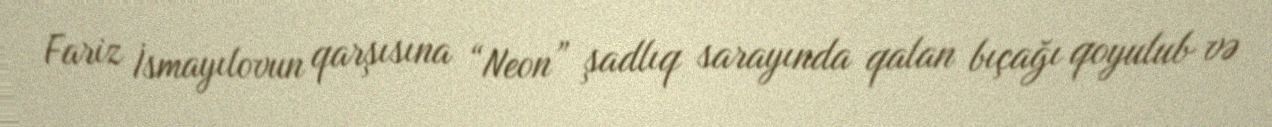
Fariz İsmayılovun qarşısına “Neon” şadlıq sarayında qalan bıçağı qoyulub və